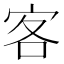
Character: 客